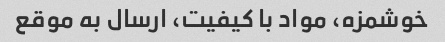
خوشمزه، مواد با کیفیت، ارسال به موقع